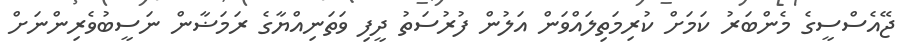
ޖޭއެސްސީގެ މެންބަރު ކަމަށް ކުރިމަތިލައްވަން އަލުން ފުރުސަތު ދީފި ވަތަނިއްޔާގެ ރަމަޟާން ނަސީބުވެރިންނަށް